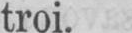
troi.